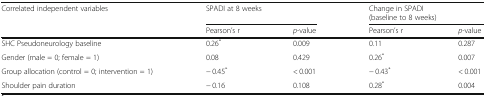
<table><thead><tr><td rowspan="2"><b>Correlated independent variables</b></td><td colspan="2"><b>SPADI at 8 weeks</b></td><td colspan="2"><b>Change in SPADI(baseline to 8 weeks)</b></td></tr><tr><td><b>Pearson’s r</b></td><td><b><i>p</i>-value</b></td><td><b>Pearson’s r</b></td><td><b><i>p</i>-value</b></td></tr></thead><tbody><tr><td>SHC Pseudoneurology baseline</td><td>0.26<sup>*</sup></td><td>0.009</td><td>0.11</td><td>0.287</td></tr><tr><td>Gender (male = 0; female = 1)</td><td>0.08</td><td>0.429</td><td>0.26<sup>*</sup></td><td>0.007</td></tr><tr><td>Group allocation (control = 0; intervention = 1)</td><td>− 0.45<sup>*</sup></td><td>&lt; 0.001</td><td>− 0.43<sup>*</sup></td><td>&lt; 0.001</td></tr><tr><td>Shoulder pain duration</td><td>− 0.16</td><td>0.108</td><td>0.28<sup>*</sup></td><td>0.004</td></tr></tbody></table>